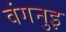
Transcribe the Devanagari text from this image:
वंगनुइ